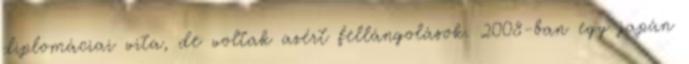
diplomáciai vita, de voltak azért fellángolások. 2008-ban egy japán